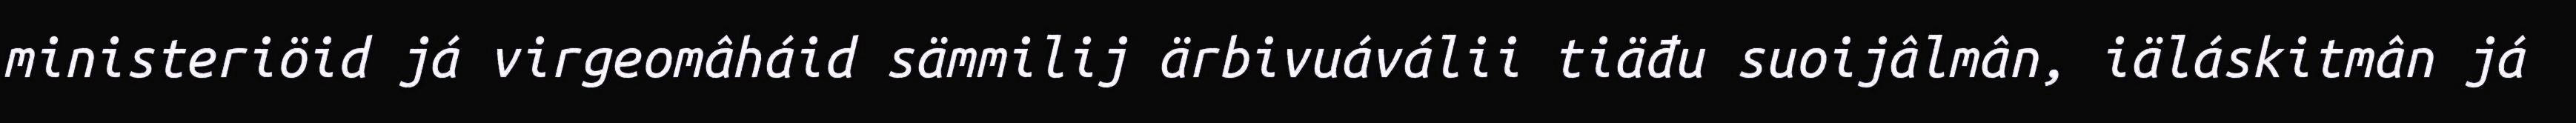
ministeriöid já virgeomâháid sämmilij ärbivuáválii tiäđu suoijâlmân, iäláskitmân já